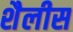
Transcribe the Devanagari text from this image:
शैलीस